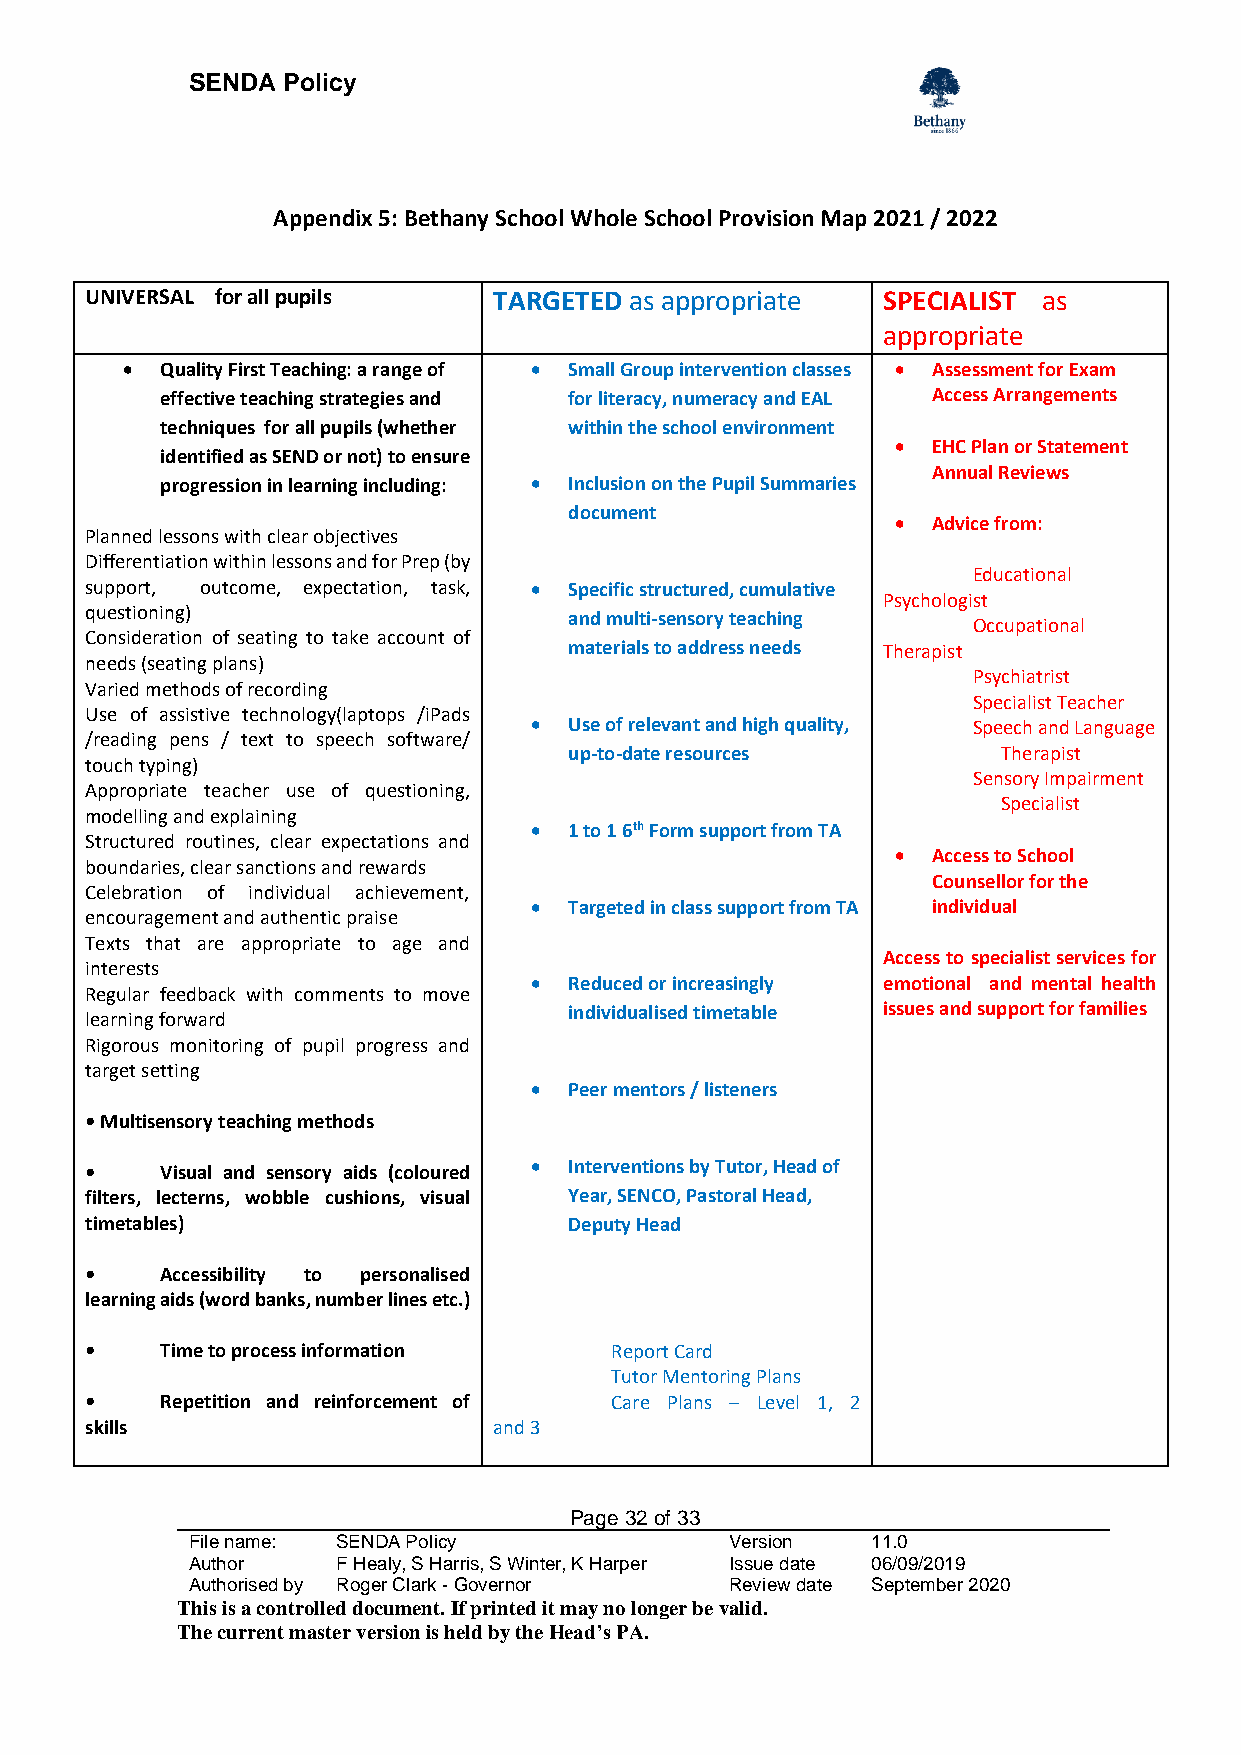
SENDA  Policy
 Appendix 5: Bethany School Whole School Provision Map 2021 / 2022
 UNIVERSAL for all pupils   TARGETED as appropriate  SPECIALIST as
 appropriate
 •  Quality First Teaching: a range of • Small Group intervention classes • Assessment for Exam
 effective teaching strategies and for literacy, numeracy and EAL Access Arrangements
 techniques for all pupils (whether within the school environment
 •  EHC Plan or Statement
 identified as SEND or not) to ensure
 Annual Reviews
 progression in learning including: • Inclusion on the Pupil Summaries
 document
 •  Advice from:
 Planned lessons with clear objectives
 Differentiation within lessons and for Prep (by
 Educational
 support, outcome, expectation, task, • Specific structured, cumulative
 Psychologist
 questioning)                    and multi-sensory teaching
 Occupational
 Consideration of seating to take account of
 materials to address needs Therapist
 needs (seating plans)
 Psychiatrist
 Varied methods of recording
 Specialist Teacher
 Use of assistive technology(laptops /iPads
 •  Use of relevant and high quality, Speech and Language
 /reading pens / text to speech software/
 up-to-date resources        Therapist
 touch typing)
 Sensory Impairment
 Appropriate teacher use of questioning,
 Specialist
 modelling and explaining
 •  1 to 1 6th Form support from TA
 Structured routines, clear expectations and
 •  Access to School
 boundaries, clear sanctions and rewards
 Counsellor for the
 Celebration of individual achievement,
 •  Targeted in class support from TA individual
 encouragement and authentic praise
 Texts that are appropriate to age and
 Access to specialist services for
 interests
 •  Reduced or increasingly emotional and mental health
 Regular feedback with comments to move
 individualised timetable issues and support for families
 learning forward
 Rigorous monitoring of pupil progress and
 target setting
 •  Peer mentors / listeners
 • Multisensory teaching methods
 •    Visual and sensory aids (coloured • Interventions by Tutor, Head of
 filters, lecterns, wobble cushions, visual Year, SENCO, Pastoral Head,
 timetables)                     Deputy Head
 •    Accessibility to personalised
 learning aids (word banks, number lines etc.)
 •    Time to process information  Report Card
 Tutor Mentoring Plans
 •    Repetition and reinforcement of Care Plans – Level 1, 2
 skills                     and 3
 Page 32 of 33
 File name: SENDA Policy             Version   11.0
 Author    F Healy, S Harris, S Winter, K Harper Issue date 06/09/2019
 Authorised by Roger Clark - Governor Review date September 2020
 This is a controlled document. If printed it may no longer be valid.
 The current master version is held by the Head’s PA.